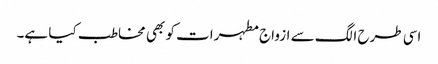
اسی طرح الگ سے ازواج مطہرات کو بھی مخاطب کیا ہے۔